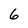
Character: 6